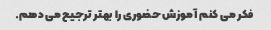
فکر می کنم آموزش حضوری را بهتر ترجیح می دهم.